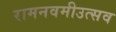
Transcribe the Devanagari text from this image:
रामनवमीउत्सव